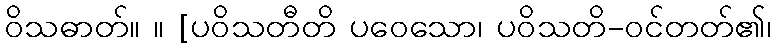
ဝိသဓာတ်။ ။ [ပဝိသတီတိ ပဝေသော၊ ပဝိသတိ-ဝင်တတ်၏၊